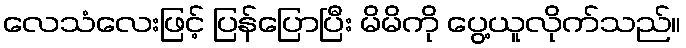
လေသံလေးဖြင့် ပြန်ပြောပြီး မိမိကို ပွေ့ယူလိုက်သည်။